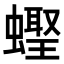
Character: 𬠪